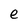
Character: e